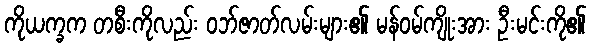
ကိုယက္ခက တစီးကိုလည်း ဝဘ်ဇာတ်လမ်းများ၏ မန်ဝမ်ကျိုးအား ဦးမင်းကို၏